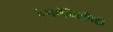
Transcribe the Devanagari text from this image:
पेर्म्स्लेक्टिविटी